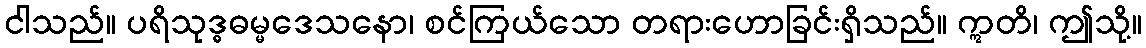
ငါသည်။ ပရိသုဒ္ဓဓမ္မဒေသနော၊ စင်ကြယ်သော တရားဟောခြင်းရှိသည်။ ဣတိ၊ ဤသို့။